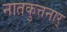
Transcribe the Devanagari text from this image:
नातकुत्तनार्